Scientific memoirs by medical officers of the Army of India - Part III,
Year: 1887
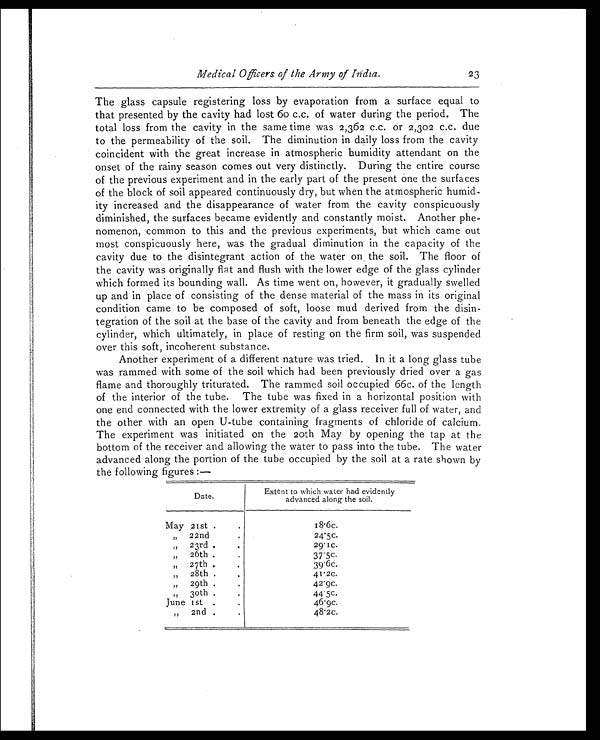
Medical Officers of the Army of I ńdia.
23
The glass capsule registering loss by evaporation from a surface equal to
t hat present ed by t he cavi t y had l ost 60 c. c. of wat er duri ng t he peri od. The
total loss from the cavity in the same time was 2,362 c.c. or 2,302 c.c. due
to the permeability of the soil. The diminution in daily loss from the cavity
coincident with the great increase in atmospheric humidity attendant on the
onset of the rainy season comes out very distinctly. During the entire course
of the previous experiment and in the early part of the present one the surfaces
of the block of soil appeared continuously dry, but when the atmospheric humid
-ity increased and the disappearance of water from the cavity conspicuously
diminished, the surfaces became evidently and constantly moist. Another phe
-nomenon, common to this and the previous experiments, but which came out
most conspicuously here, was the gradual diminution in the capacity of the
cavity due to the disintegrant action of the water on the soil. The floor of
the cavity was originally flat and flush with the lower edge of the glass cylinder
which formed its bounding wall. As time went on, however, it gradually swelled
up and in place of consisting of the dense material of the mass in its original
condition came to be composed of soft, loose mud derived from the disin
-tegration of the soil at the base of the cavity and from beneath the edge of the
cylinder, which ultimately, in place of resting on the firm soil, was suspended
over this soft, incoherent substance.
Another experiment of a different nature was tried. In it a long glass tube
was rammed with some of the soil which had been previously dried over a gas
flame and thoroughly triturated. The rammed soil occupied 66c. of the length
of the interior of the tube. The tube was fixed in a horizontal position with
one end connected with the lower extremity of a glass receiver full of water, and
the other with an open U-tube containing fragments of chloride of calcium.
The experi ment was i ni t i at ed on t he 20t h May by openi ng t he t ap at t he
bottom of the receiver and allowing the water to pass into the tube. The water
advanced along the portion of the tube occupied by the soil at a rate shown by
the following figures :—
Date.
Extent to whi ch water had evi dentl y
advanced al ong the soi l .
May 21st .
18.6c.
, , , 22nd
24.5c.
„ 23rd ..
2 9 . I c .
, , 26th .
37.5c.
, , 27th.
3 9 . 6 c .
, , 28th . .
4 1 . 2 c .
„ 29th. .
„ 30th .
4 4 . 5 c .
June 1st ..
4 6 . 9 c .
, , 2nd.